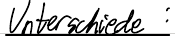
Unterschiede: